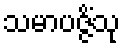
သမာပဇ္ဇိံသု